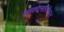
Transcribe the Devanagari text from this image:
साइकोएनालिटिकल